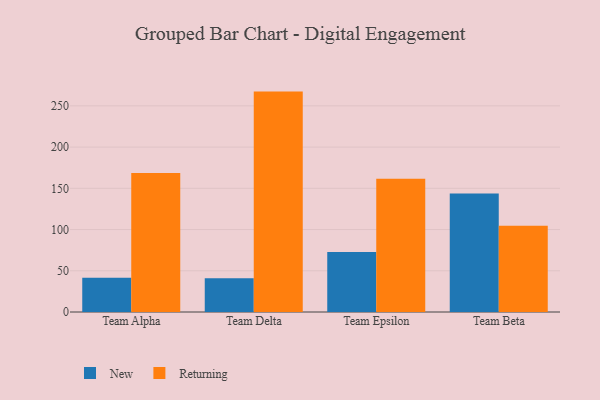
{"axis": {"x": "Team", "y": "Waste Production (Tons)"}, "legend": ["New", "Returning"], "data": [{"x": "Team Alpha", "y": 41.4, "type": "New"}, {"x": "Team Alpha", "y": 168.5, "type": "Returning"}, {"x": "Team Delta", "y": 40.8, "type": "New"}, {"x": "Team Delta", "y": 267.3, "type": "Returning"}, {"x": "Team Epsilon", "y": 72.8, "type": "New"}, {"x": "Team Epsilon", "y": 161.7, "type": "Returning"}, {"x": "Team Beta", "y": 143.8, "type": "New"}, {"x": "Team Beta", "y": 104.6, "type": "Returning"}]}